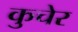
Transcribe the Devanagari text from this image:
कुचेर